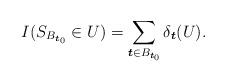
LaTeX: \begin{align*}I(S_{B_{\boldsymbol{t}_0}} \in U) = \sum_{\boldsymbol{t} \in B_{\boldsymbol{t}_0}}\delta_{\boldsymbol{t}}(U).\end{align*}